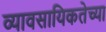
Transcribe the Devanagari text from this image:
व्यावसायिकतेच्या